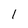
Character: l